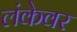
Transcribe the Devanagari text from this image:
लंकेवर